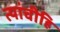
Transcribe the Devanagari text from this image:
त्यांचीहि